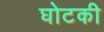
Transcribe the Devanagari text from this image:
घोटकी